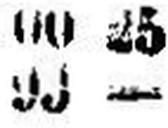
99 —